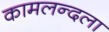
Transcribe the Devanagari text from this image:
कामलन्दला